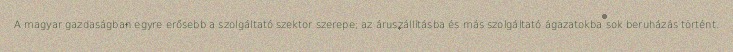
A magyar gazdaságban egyre erősebb a szolgáltató szektor szerepe; az áruszállításba és más szolgáltató ágazatokba sok beruházás történt.